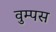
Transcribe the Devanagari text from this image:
वुम्पस